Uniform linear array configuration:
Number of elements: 64
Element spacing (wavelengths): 1
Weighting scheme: uniform
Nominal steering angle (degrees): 45
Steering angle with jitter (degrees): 43.681
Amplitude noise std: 0.05
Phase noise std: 0.05

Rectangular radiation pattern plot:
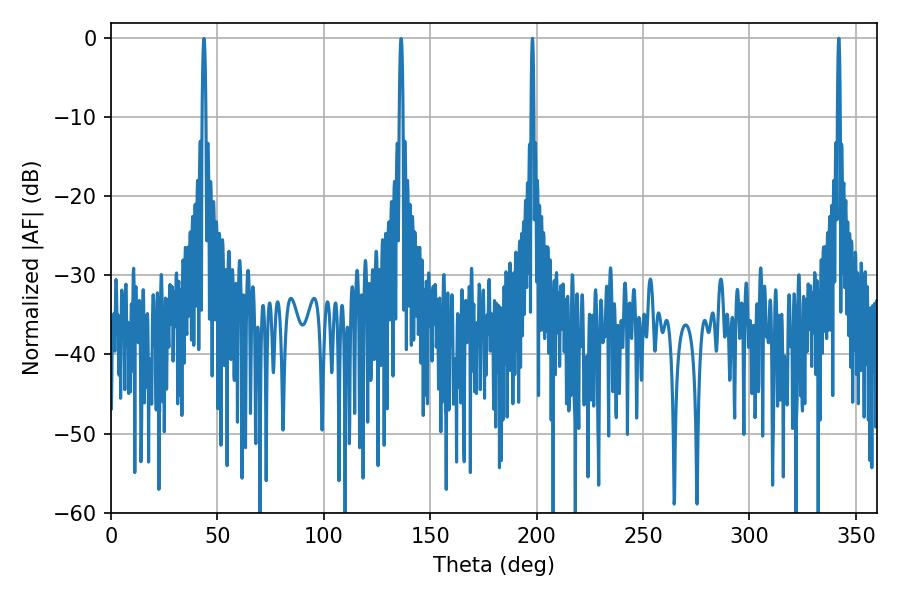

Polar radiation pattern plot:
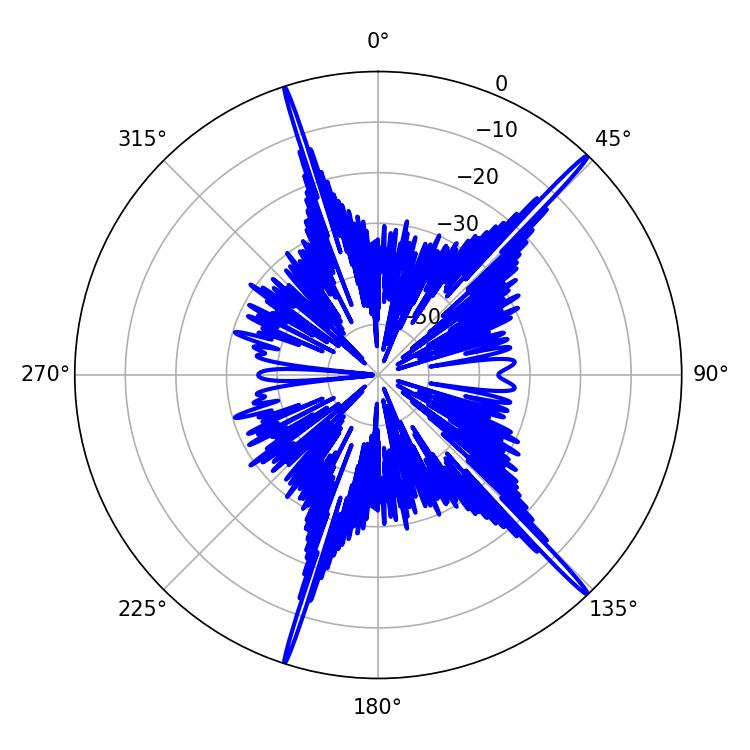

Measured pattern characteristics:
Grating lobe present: TRUE
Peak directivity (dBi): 20.1
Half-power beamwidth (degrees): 0.72
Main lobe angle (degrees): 342